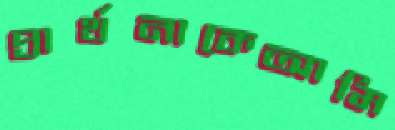
প্রার্থনাকেআমি